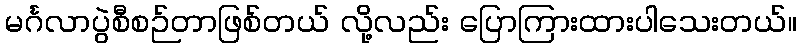
မင်္ဂလာပွဲစီစဉ်တာဖြစ်တယ် လို့လည်း ပြောကြားထားပါသေးတယ်။